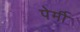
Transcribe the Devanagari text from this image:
पेर्मी